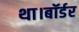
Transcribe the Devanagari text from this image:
था।बॉर्डर